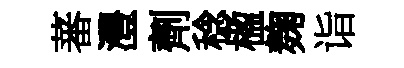
蕃灃劑稔楹麹诣